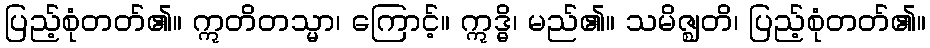
ပြည့်စုံတတ်၏။ ဣတိတသ္မာ၊ ကြောင့်။ ဣဒ္ဓိ၊ မည်၏။ သမိဇ္ဈတိ၊ ပြည့်စုံတတ်၏။